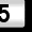
Digit: 5